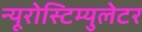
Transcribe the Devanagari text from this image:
न्यूरोस्टिम्युलेटर